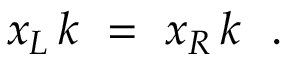
x _ { L } \, k \ = \ x _ { R } \, k \ \ .